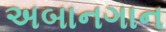
અબાનગાન